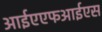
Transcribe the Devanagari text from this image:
आईएएफआईएस